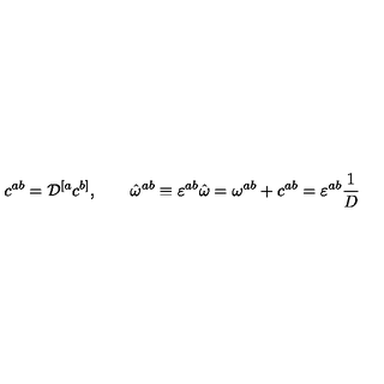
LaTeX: c ^ { a b } = { \cal D } ^ { [ a } c ^ { b ] } , \quad \quad \hat { \omega } ^ { a b } \equiv \varepsilon ^ { a b } \hat { \omega } = \omega ^ { a b } + c ^ { a b } = \varepsilon ^ { a b } { \frac { 1 } { D } }